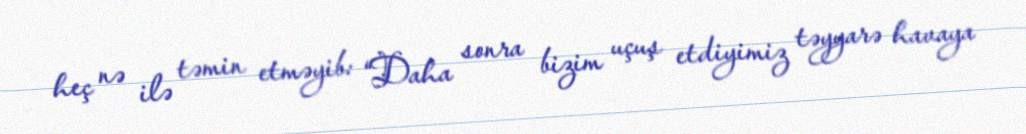
heç nə ilə təmin etməyib: “Daha sonra bizim uçuş etdiyimiz təyyarə havaya